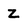
Character: Z